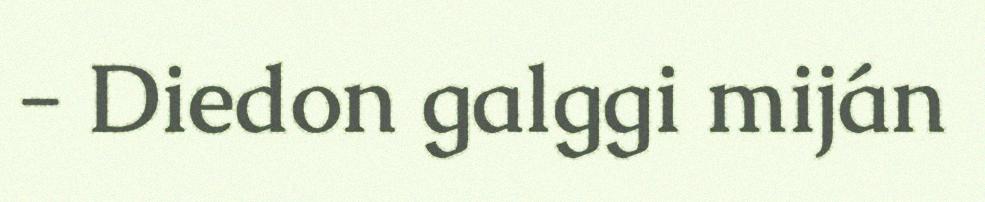
- Diedon galggi miján